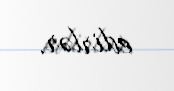
edirlər.